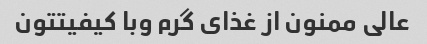
عالی ممنون از غذای گرم وبا کیفیتتون